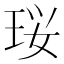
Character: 珱